Leaving Certificate Examination (including Day School Certificate (Higher) General paper), 1938
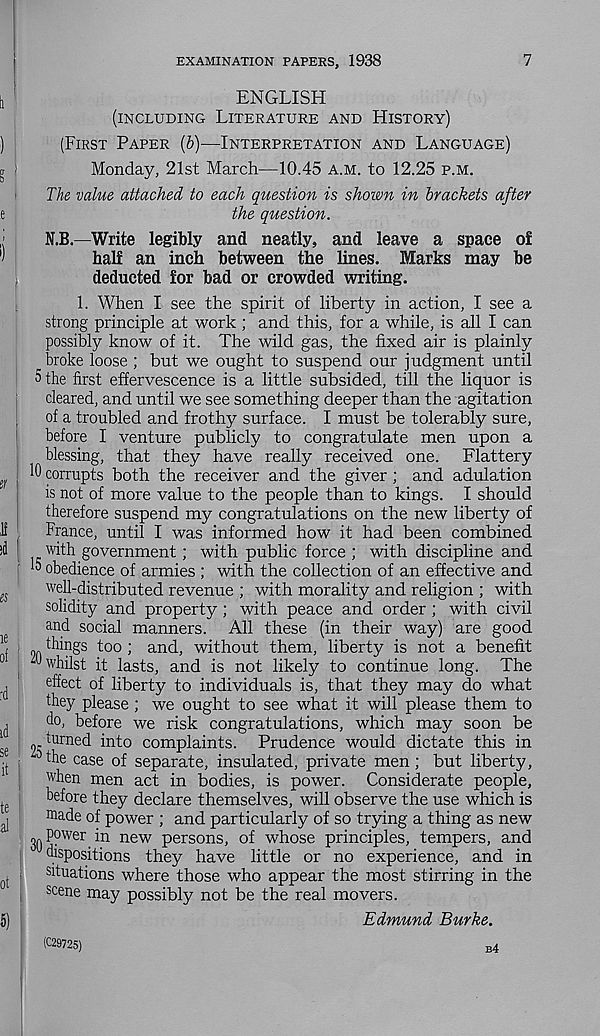
EXAMINATION PAPERS, 1938
7
ENGLISH
(INCLUDING LITERATURE AND HISTORY)
(FIRST PAPER (b)—INTERPRETATION AND LANGUAGE)
Monday, 21st March—10.45 A.M. to 12.25 P.M.
The value attached to each question is shown in brackets after
the question.
N.B.—Write legibly and neatly, and leave a space of
half an inch between the lines. Marks may be
deducted for bad or crowded writing.
1. When I see the spirit of liberty in action, I see a
strong principle at work ; and this, for a while, is all I can
possibly know of it. The wild gas, the fixed air is plainly
broke loose ; but we ought to suspend our judgment until
5 the first effervescence is a little subsided, till the liquor is
cleared, and until we see something deeper than the agitation
of a troubled and frothy surface. I must be tolerably sure,
before I venture publicly to congratulate men upon a
blessing, that they have really received one. Flattery
10 corrupts both the receiver and the giver ; and adulation
is not of more value to the people than to kings. I should
therefore suspend my congratulations on the new liberty of
France, until I was informed how it had been combined
with government; with public force ; with discipline and
k obedience of armies ; with the collection of an effective and
well-distributed revenue ; with morality and religion ; with
solidity and property; with peace and order ; with civil
and social manners. All these (in their way) are good
OA
tllin g s too ; and, without them, liberty is not a benefit
w whilst it lasts, and is not likely to continue long. The
effect of liberty to individuals is, that they may do what
they please ; we ought to see what it will please them to
do, before we risk congratulations, which may soon be
turned into complaints. Prudence would dictate this in
0 the case of separate, insulated, private men; but liberty,
when men act in bodies, is power. Considerate people,
before they declare themselves, will observe the use which is
niade of power ; and particularly of so trying a thing as new
^ power in new persons, of whose principles, tempers, and
dispositions they have little or no experience, and in
situations where those who appear the most stirring in the
scene may possibly not be the real movers.
Edmund Burke.
(029725)
b4